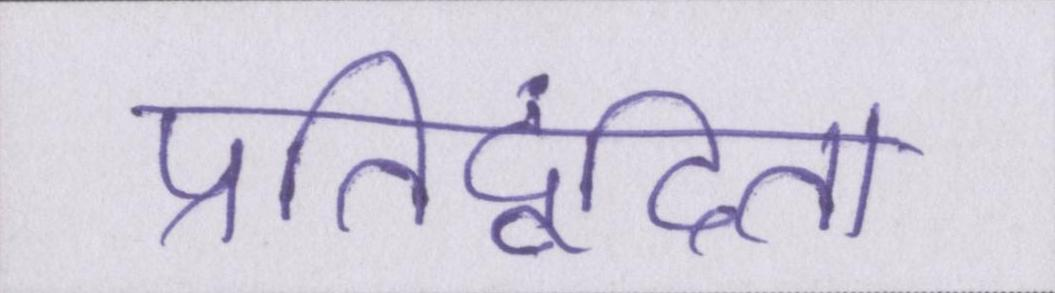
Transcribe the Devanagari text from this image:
प्रतिद्वंदिता